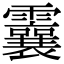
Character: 𩆶